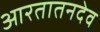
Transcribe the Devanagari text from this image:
आरतातनदेव